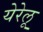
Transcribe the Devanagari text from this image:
येरेलू